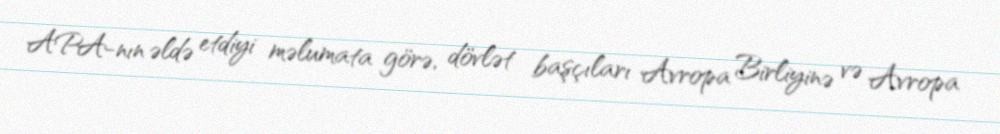
APA-nın əldə etdiyi məlumata görə, dövlət başçıları Avropa Birliyinə və Avropa